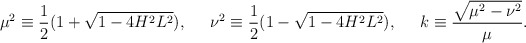
\begin{align*}\mu^2\equiv\frac{1}{2}(1+\sqrt{1-4H^2L^2}),\;\;\;\;\;\nu^2\equiv\frac{1}{2}(1-\sqrt{1-4H^2L^2}),\;\;\;\;\;k\equiv\frac{\sqrt{\mu^2-\nu^2}}{\mu}.\end{align*}